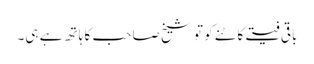
باقی فیتے کاٹنے کو تو شیخ صاحب کا ہاتھ ہے ہی۔